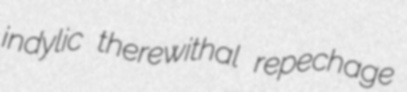
indylic therewithal repechage